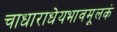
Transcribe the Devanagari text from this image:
चाधाराधेयभावमूलकं